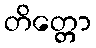
တိတ္တော